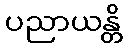
ပညာယန္တိ